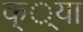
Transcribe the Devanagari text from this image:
क््या